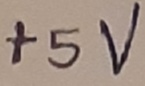
Text: +5V